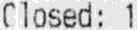
CLOSED: 1